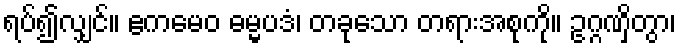
ရပ်၍လျှင်။ ဧကမေဝ ဓမ္မပဒံ၊ တခုသော တရားအစုကို။ ဥဂ္ဂဏှိတွာ၊